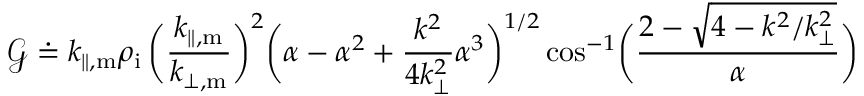
\mathcal { G } \doteq k _ { \parallel , \mathrm { m } } \rho _ { \mathrm { i } } \, \biggl ( \frac { k _ { \parallel , \mathrm { m } } } { k _ { \perp , \mathrm { m } } } \biggr ) ^ { 2 } \biggl ( \alpha - \alpha ^ { 2 } + \frac { k ^ { 2 } } { 4 k _ { \perp } ^ { 2 } } \alpha ^ { 3 } \biggr ) ^ { 1 / 2 } \cos ^ { - 1 } \biggl ( \frac { 2 - \sqrt { 4 - k ^ { 2 } / k _ { \perp } ^ { 2 } } } { \alpha } \biggr )